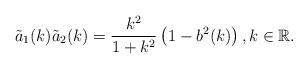
LaTeX: \begin{align*} \tilde{a}_1(k)\tilde{a}_2(k)=\frac{k^2}{1+k^2}\left(1-b^2(k)\right), k\in\mathbb{R}. \end{align*}